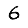
Digit: 6